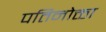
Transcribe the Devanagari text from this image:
पतिनोक्ता